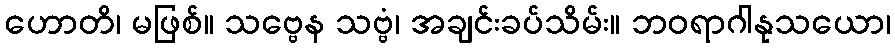
ဟောတိ၊ မဖြစ်။ သဗ္ဗေန သဗ္ဗံ၊ အချင်းခပ်သိမ်း။ ဘဝရာဂါနုသယော၊